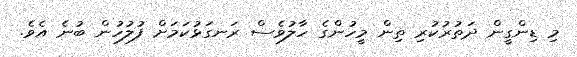
މި ޑިންގީން ދަތުރުކުރި ތިން މީހުންގެ ހާލުވެސް ރަނގަޅުކަމަށް ފުލުހުން ބުނެ އެވެ.